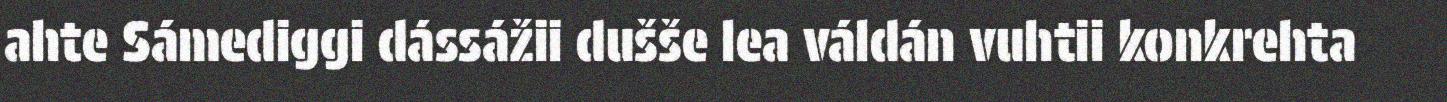
ahte Sámediggi dássážii dušše lea váldán vuhtii konkrehta